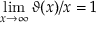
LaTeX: \operatorname* { l i m } _ { x \to \infty } \vartheta ( x ) / x = 1